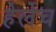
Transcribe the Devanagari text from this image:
हेर्लेच